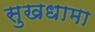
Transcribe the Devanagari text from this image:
सुखधामा